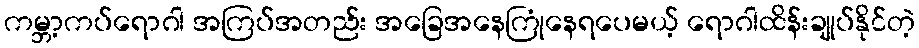
ကမ္ဘာ့ကပ်ရောဂါ အကြပ်အတည်း အခြေအနေကြုံနေရပေမယ့် ရောဂါထိန်းချုပ်နိုင်တဲ့